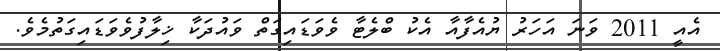
އެއީ 2011 ވަނަ އަހަރު ޔުއެފާއާ އެކު ބްލެޓާ ވެވަޑައިގަތް ވައުދަކާ ޚިލާފުވެވަޑައިގަތުމެވެ.